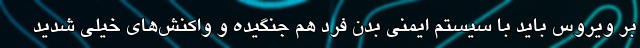
بر ویروس باید با سیستم ایمنی بدن فرد هم جنگیده و واکنش‌های خیلی شدید